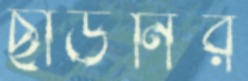
ছাউনির